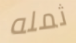
ثمله